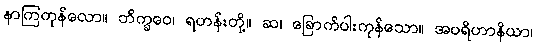
နာကြကုန်လော။ ဘိက္ခဝေ၊ ရဟန်းတို့။ ဆ၊ ခြောက်ပါးကုန်သော။ အပရိဟာနိယာ၊